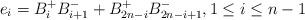
LaTeX: \begin{align*}e_{i}=B_{i}^{+}B_{i+1}^{-}+B_{2n-i}^{+}B_{2n-i+1}^{-},1\leq i\leq n-1\end{align*}